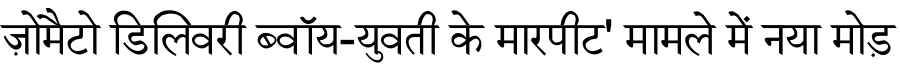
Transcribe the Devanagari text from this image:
ज़ोमैटो डिलिवरी ब्वॉय-युवती के मारपीट' मामले में नया मोड़